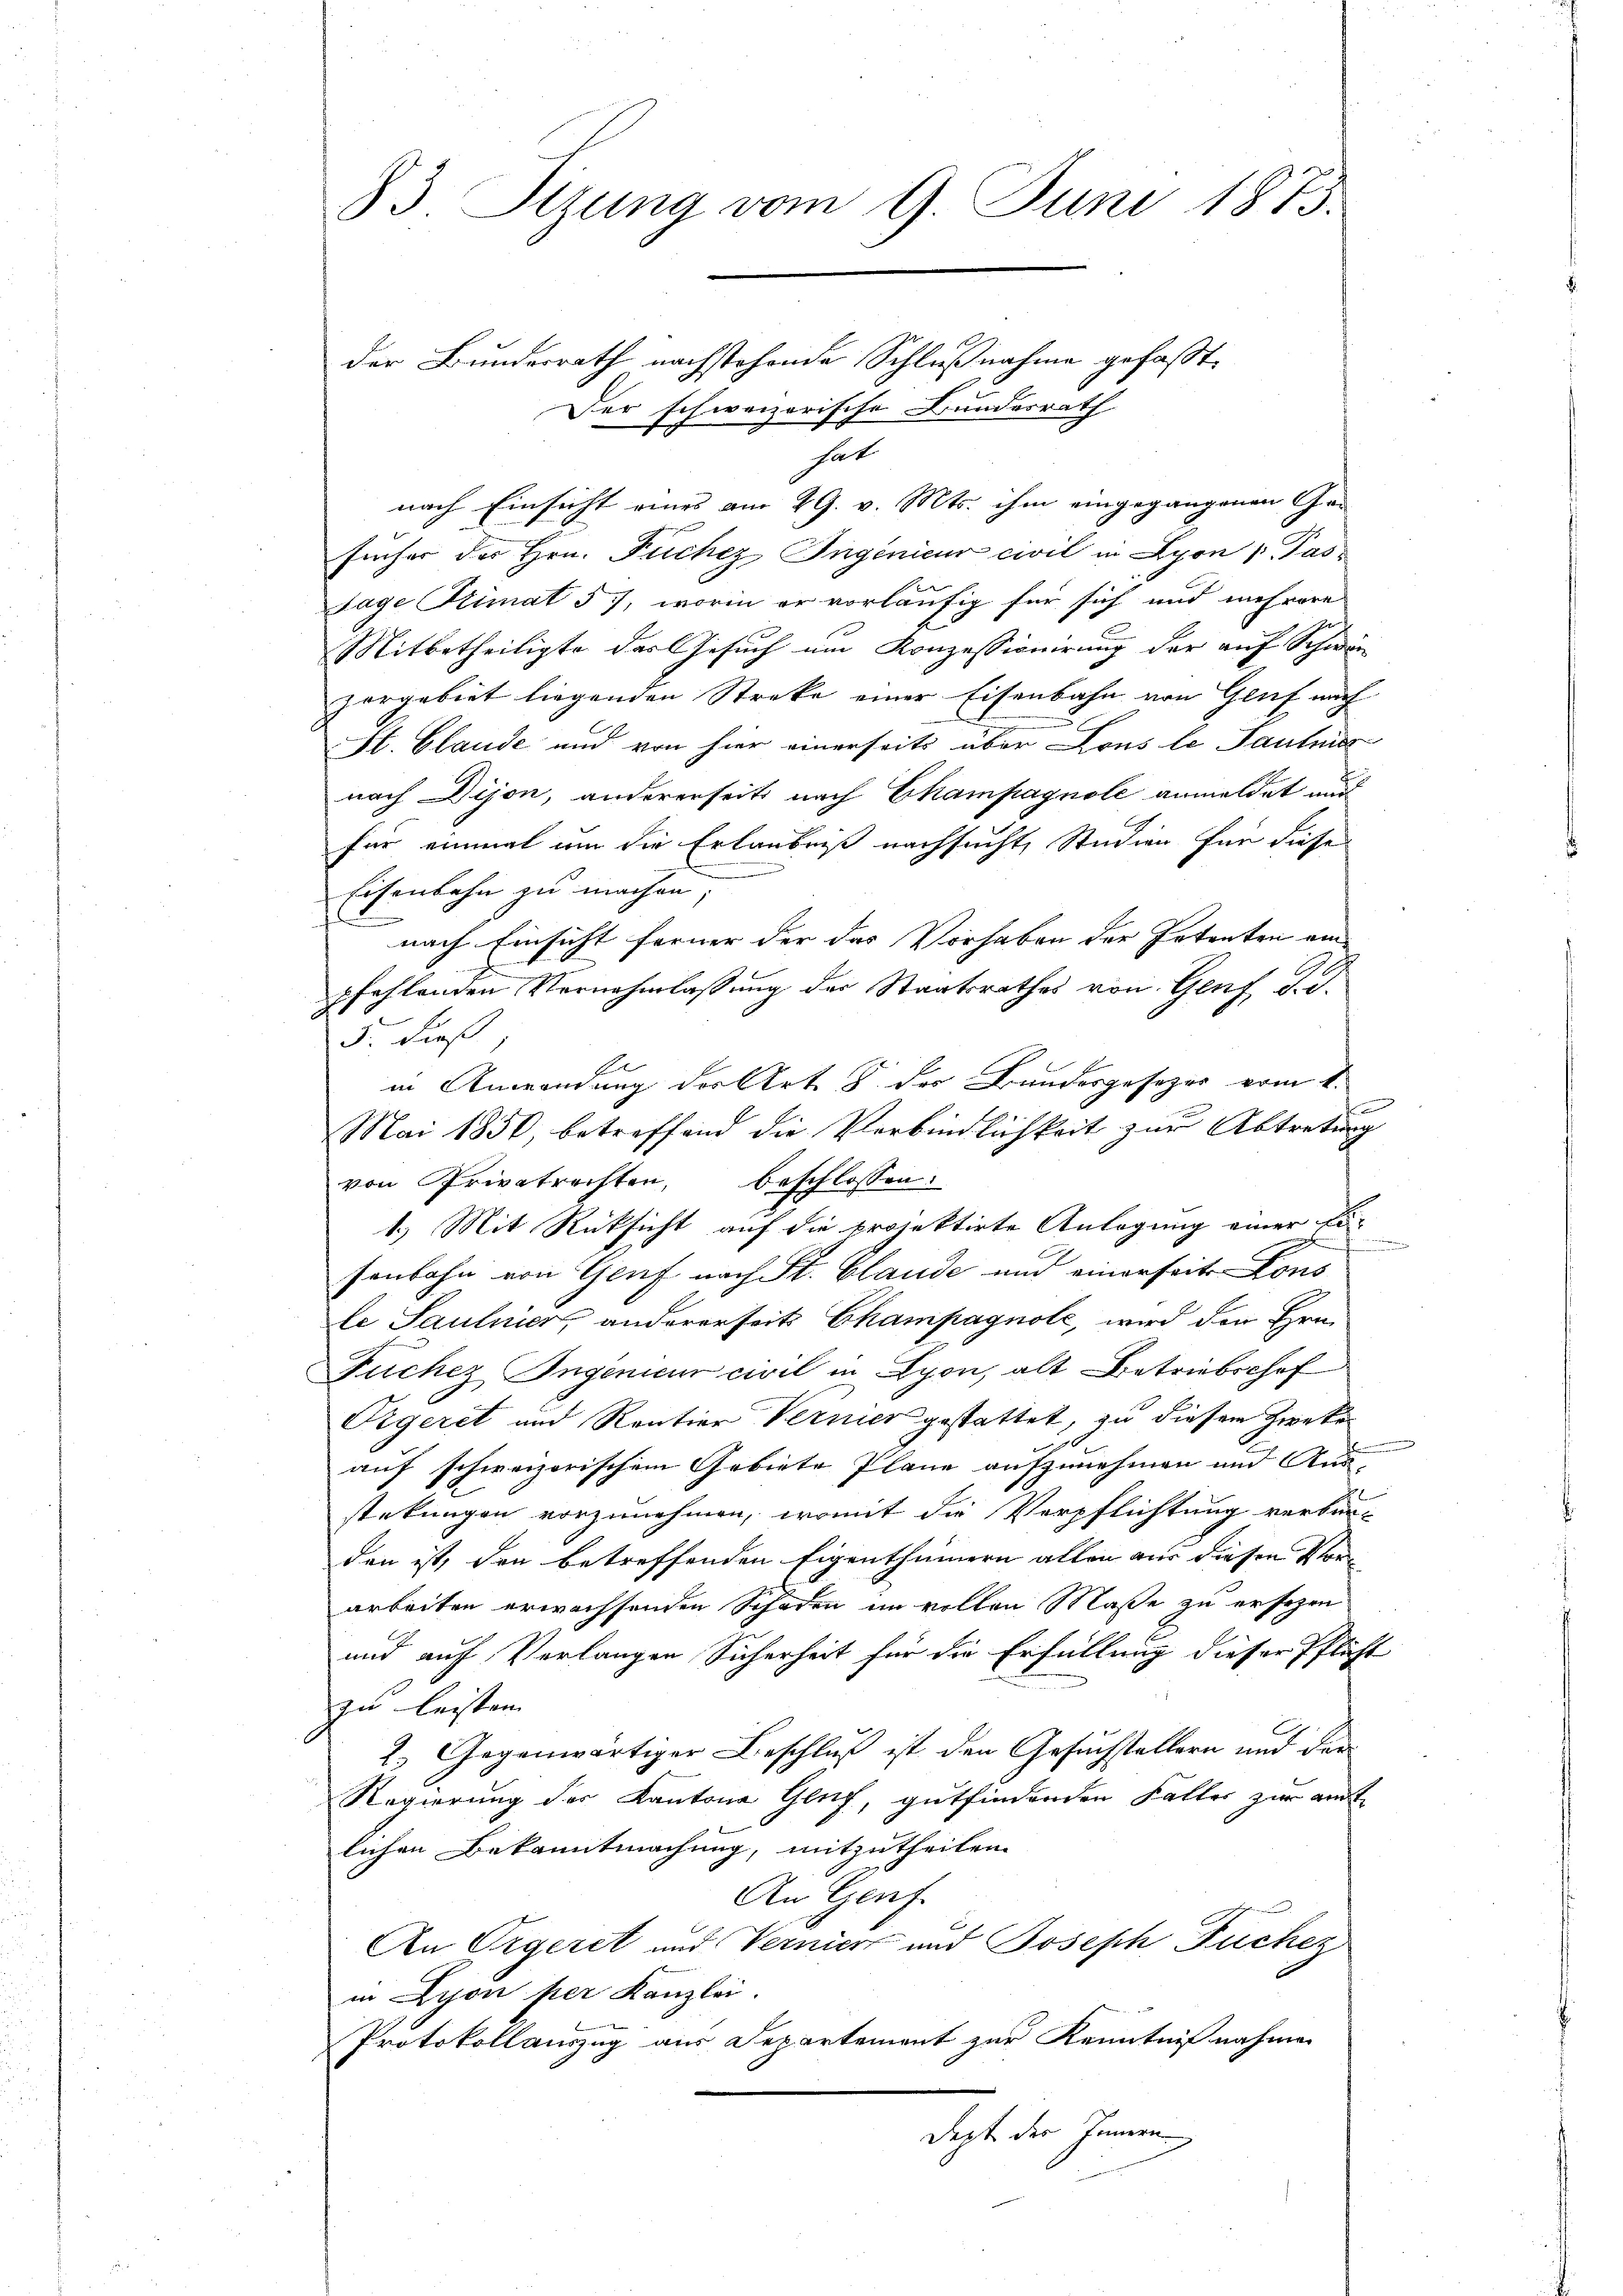
83. Sitzung vom 9. Juni 1873.

der Bundesrath nachstehende Schlußnahme gefaßt,
Der schweizerische Bundesrath
hat
nach Einsicht eines am 29. v. Mts. ihm eingegangenen Gefincher des Hrn. Puchez Ingenieur civil in Lyon Pas
sage Stimat 57, worin er vorläufig für sich und mehrere
Mitbetheiligte des Gesuch um Konzessionirung der auf Schwä-
zergebiet liegenden Streke einer Eisenbahn von Gluf nach
St. Claude und von hier einerseits über Lous le Sautniss
nach Dijon, andererseits nach Champagnole anmeldet und
für einmal um die Erlaubniß nachsucht, Studien für dieses
Eisenbahn zu machen |
nach Einsicht ferner der das Vorhaben der Petenten am |
pfehlenden Vornahmlassung der Staatsrathes von Genf, d. d.
5. dieß
E
in Anwendung der Art. 8. der Bundesgesezes vom 1.
Mai 1850, betreffend die Verbindlichkeit zur Abtretung
von Privatrechten, beschlossen:
1.) Mit Rücksicht auf die projektirte Anlagung einer Ei-
.
senbahn von Genf nach St. Claude und einerseits-Cons
le Saulnier, andererseits Champagnole, wird den Hrn.
Füchez Ingenieur civil in Lyon, alt Betriebschof
Oegeret und Rention Vernier gestattet, zu diesem Zwecke
auf schweizerischem Gebiete Plane aufzunehmen und Aus
stekungen vorzunehmen, womit die Verpflichtung verbun-
den ist, den betreffenden Eigenthümern allen aus diesen Vorarbeiten erwachsenden Schaden im vollen Masse zu ersehen
und auf Verlangen Sicherheit für die Erfüllung dieser Pflicht
zu leisten.
2.) Gegenwärtiger Beschluß ist den Gesuchstellern und der
Regierung der Kantone Genf, gutfindenden Faller zur amt
lichen Bekanntmachung, mitzutheilen
An Genf.
An Orgeret und Verniert und Joseph Fuchez
in Lyon per Kanzlei.
Protokollauszug aus Departement zur Kenntnißnahmen
dept der Innern